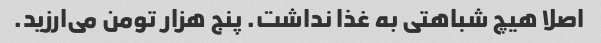
اصلا هیچ شباهتی به غذا نداشت. پنج هزار تومن می‌ارزید.